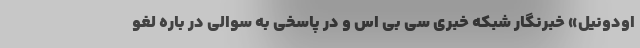
اودونیل» خبرنگار شبکه خبری سی بی اس و در پاسخی به سوالی در باره لغو